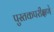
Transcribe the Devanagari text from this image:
पुस्तकपरीक्षणे